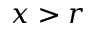
x > r